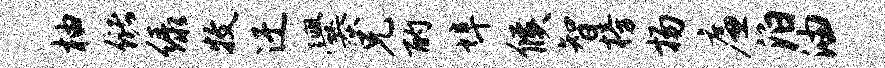
柚储绿牧迂爨兄酌埠候智榜扬廉泊油